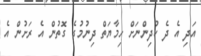
އަދި އެ ދެ ކުދިންނަށް ހިމާޔަތް ދިނުމުގެ ގޮތުން އެ ރަށުން އެ